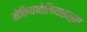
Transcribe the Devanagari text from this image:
मेकियावेलियाइस्म